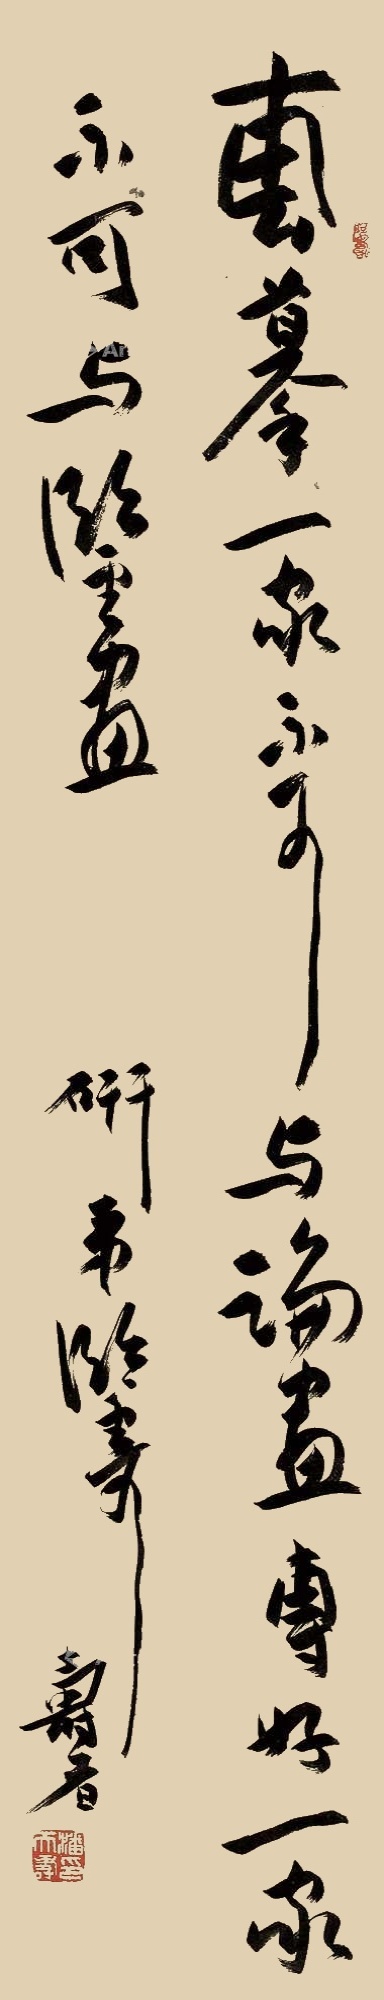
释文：专摹一家不可与论画，专好一家不可与论鉴画。研弟临寄，寿者。